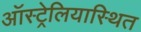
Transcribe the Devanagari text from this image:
ऑस्ट्रेलियास्थित